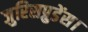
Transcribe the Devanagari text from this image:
जुरिसप्रुडेंस।